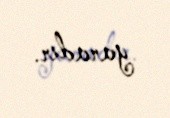
yaradır.